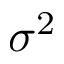
\sigma ^ { 2 }